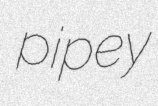
pipey